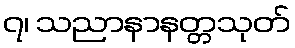
၇၊ သညာနာနတ္တသုတ်